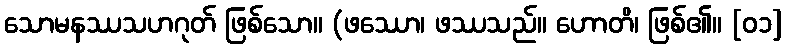
သောမနဿသဟဂုတ် ဖြစ်သော။ (ဖဿော၊ ဖဿသည်။ ဟောတိ၊ ဖြစ်၏။ [၀၁]